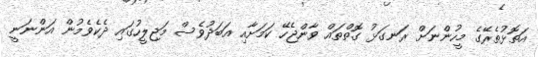
އަތޮޅުތެރޭގެ މީހުންނަށް ރަނގަޅު ގޮތްތައް ވާންޖެހޭ ކަމަށާއި އަބަދުވެސް މަޖިލީހުގައި ދެކެވެމުން އަންނަނީ